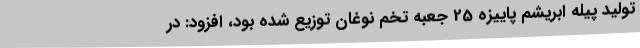
تولید پیله ابریشم پاییزه 25 جعبه تخم نوغان توزیع شده بود، افزود: در